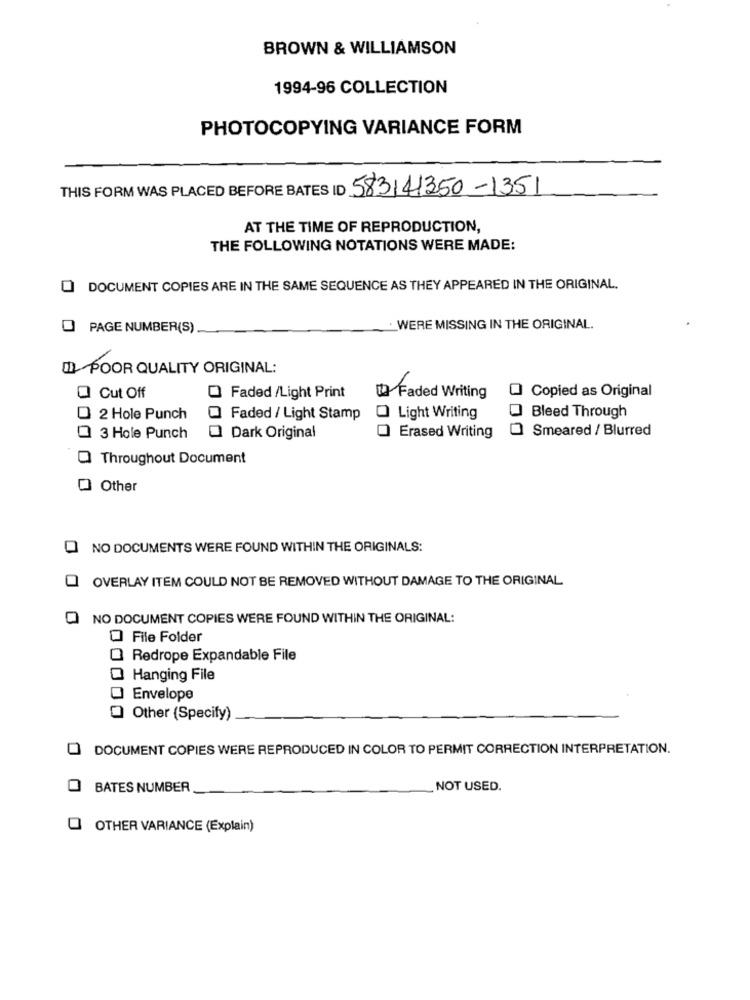
BROWN & WILLIAMSON
1994-96 COLLECTION
PHOTOCOPYING VARIANCE FORM
THIS FORM WAS PLACED BEFORE BATES ID 583141350-1351
AT THE TIME OF REPRODUCTION,
THE FOLLOWING NOTATIONS WERE MADE:
O DOCUMENT COPIES ARE IN THE SAME SEQUENCE AS THEY APPEARED IN THE ORIGINAL.
PAGE NUMBER(S)
WERE MISSING IN THE ORIGINAL.
III POOR QUALITY ORIGINAL:
Cut Off
Faded /Light Print
Faded Writing
Copied as Original
2 Hole Punch
Faded / Light Stamp
O Light Writing
Bleed Through
Smeared / Blurred
3 Hole Punch
Dark Original
Erased Writing
Throughout Document
Other
0
NO DOCUMENTS WERE FOUND WITHIN THE ORIGINALS:
OVERLAY ITEM COULD NOT BE REMOVED WITHOUT DAMAGE TO THE ORIGINAL
NO DOCUMENT COPIES WERE FOUND WITHIN THE ORIGINAL:
0 File Folder
Redrope Expandable File
Hanging File
Envelope
Other (Specify)
O
DOCUMENT COPIES WERE REPRODUCED IN COLOR TO PERMIT CORRECTION INTERPRETATION.
O
BATES NUMBER
NOT USED.
OTHER VARIANCE (Explain)